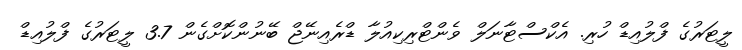
ލީޓަރުގެ ފްލުއިޑް ހުރި. އެކްސްޓާނަލް ވެންޓްރިކިއުލާ ޑްރެއިނޭޖް ބޭނުންކޮށްގެން 3.7 ލީޓަރުގެ ފްލުއިޑް